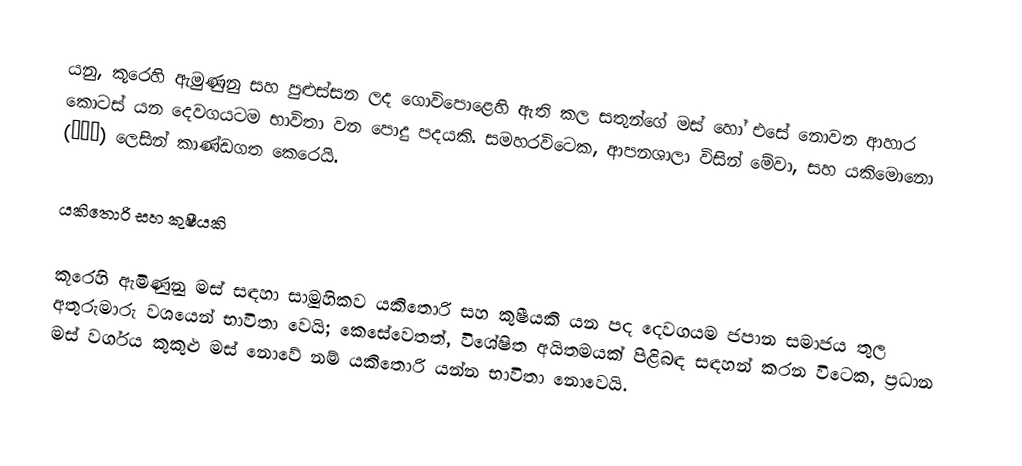
යනු, කූරෙහි ඇමුණුනු සහ පුළුස්සන ලද ගොවිපොළෙහි ඇති කල සතුන්ගේ මස් හෝ එසේ නොවන ආහාර කොටස් යන දෙවගයටම භාවිතා වන පොදු පදයකි. සමහරවිටෙක, ආපනශාලා විසින් මේවා,  සහ යකිමොනො (焼き物) ලෙසින් කාණ්ඩගත කෙරෙයි.

යකිතොරි සහ කුෂීයකි

කූරෙහි ඇමිණුනු මස් සඳහා සාමුහිකව යකිතොරි සහ කුෂීයකි යන පද දෙවගයම ජපාන සමාජය තුල අතුරුමාරු වශයෙන් භාවිතා වෙයි; කෙසේවෙතත්, විශේෂිත අයිතමයක් පිළිබඳ සඳහන් කරන විටෙක, ප්‍රධාන මස් වර්ගය කුකුළු මස් නොවේ නම් යකිතොරි යන්න භාවිතා නොවෙයි.